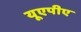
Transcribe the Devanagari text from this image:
यूएपीए